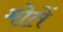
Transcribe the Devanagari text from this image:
मोतें